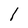
Character: l